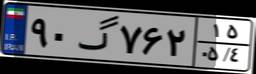
۹۰گ۷۶۲۱۵